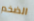
الضخم